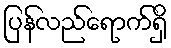
ပြန်လည်ရောက်ရှိ